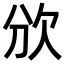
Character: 𣢏